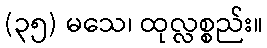
(၃၅) မသေ၊ ထုလ္လစ္စည်း။